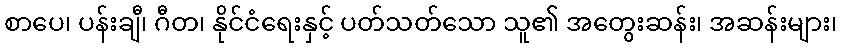
စာပေ၊ ပန်းချီ၊ ဂီတ၊ နိုင်ငံရေးနှင့် ပတ်သတ်သော သူ၏ အတွေးဆန်း၊ အဆန်းများ၊